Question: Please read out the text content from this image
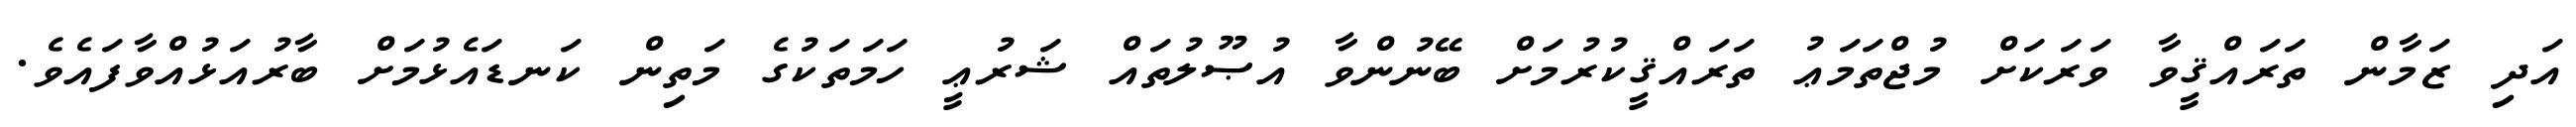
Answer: އަދި ޒަމާން ތަރައްޤީވާ ވަރަކަށް މުޖްތަމަޢު ތަރައްޤީކުރުމަށް ބޭނުންވާ އުޞޫލުތައް ޝަރުޢީ ހަމަތަކުގެ މަތިން ކަނޑައެޅުމަށް ބާރުއަޅުއްވާފައެވެ.